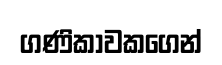
ගණිකාවකගෙන්